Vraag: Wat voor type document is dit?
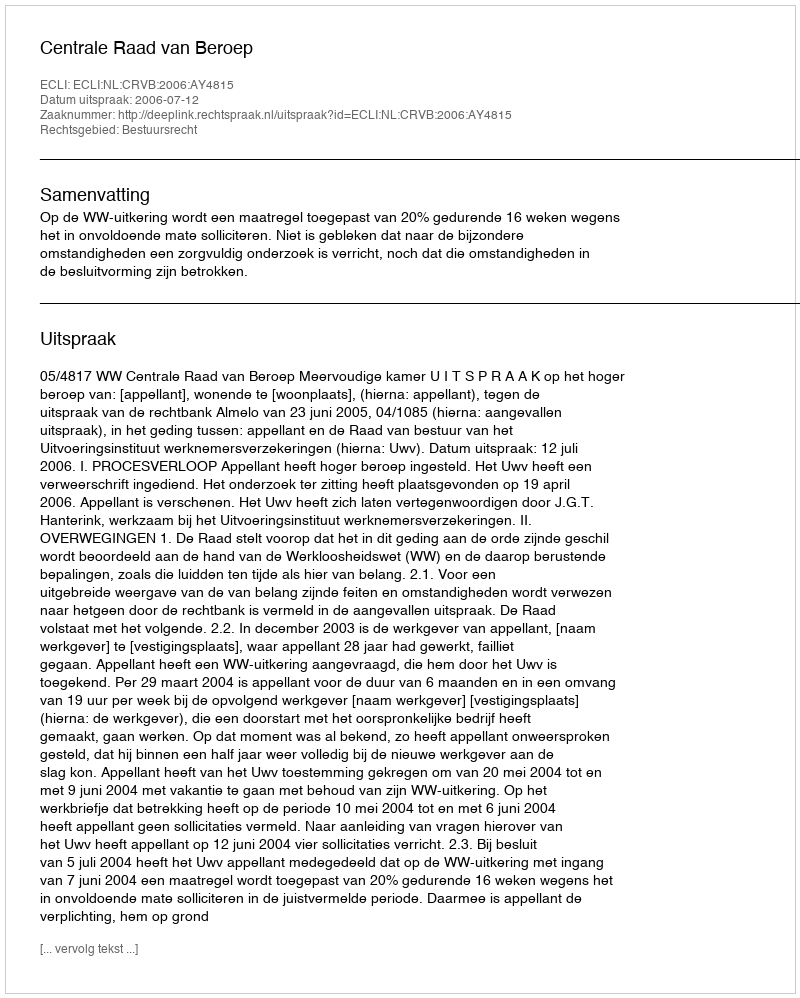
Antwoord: Uitspraak